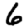
Digit: 6